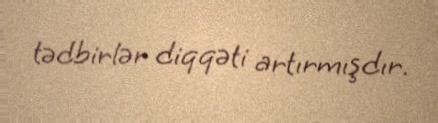
tədbirlər diqqəti artırmışdır.